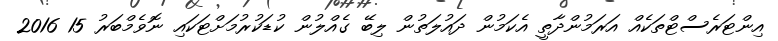
އިންޓަރެސްޓްތަކެއް އަރަމުންދާތީ އެކަމުން ދައުލަތުން ލިބޭ ގެއްލުން ކުޑަކުރުމަށްޓަކައި ނޮވެމްބަރު 15 2016